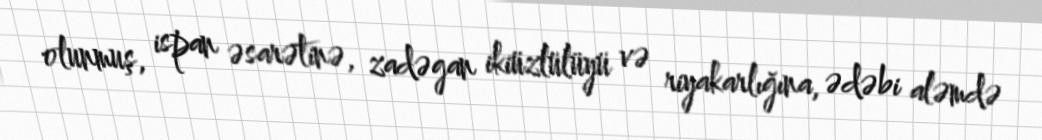
olunmuş, ispan əsarətinə, zadəgan ikiüzlülüyü və riyakarlığına, ədəbi aləmdə